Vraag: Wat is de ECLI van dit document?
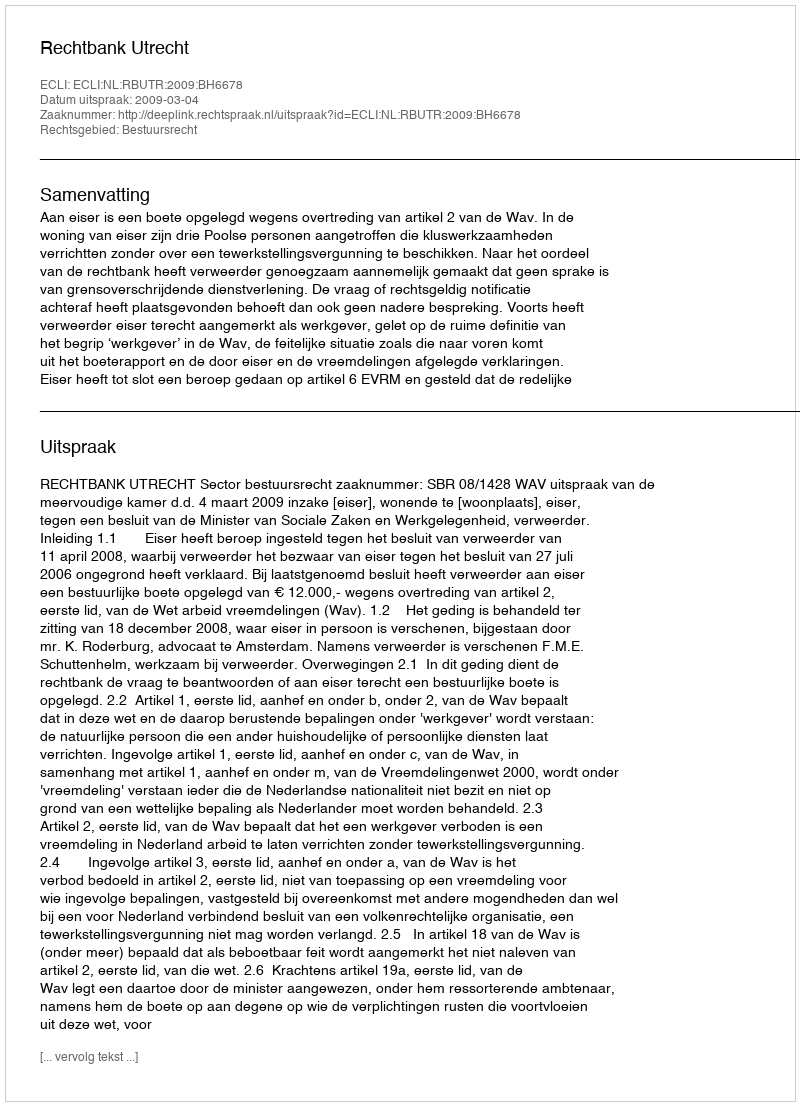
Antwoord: ECLI:NL:RBUTR:2009:BH6678